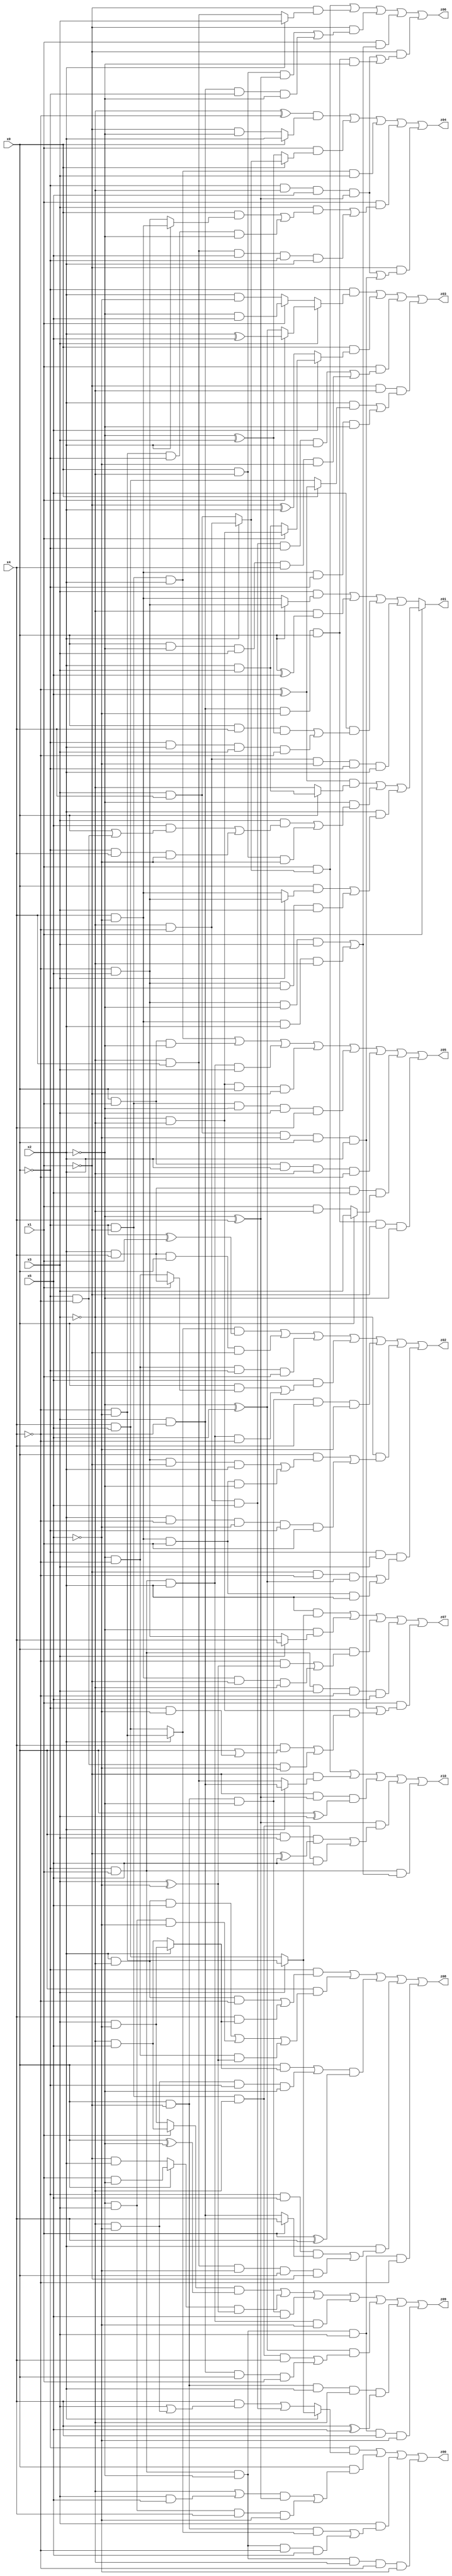
// Benchmark "X_55" written by ABC on Mon Jun 05 06:22:10 2023

module X_55 ( 
    x0, x1, x2, x3, x4, x5,
    z00, z01, z02, z03, z04, z05, z06, z07, z08, z09, z10  );
  input  x0, x1, x2, x3, x4, x5;
  output z00, z01, z02, z03, z04, z05, z06, z07, z08, z09, z10;
  assign z00 = (~x0 & (x2 ? (x3 ? (~x4 & ~x5) : (x4 & x5)) : ((x4 & (x3 | (~x3 & ~x5))) | (~x3 & ~x4 & x5)))) | (x0 & (((~x3 | (x3 & x5)) & (~x2 ^ x4)) | (~x2 & x3 & x4 & ~x5))) | (x3 & ((x0 & ~x1 & (x2 ? (~x4 & ~x5) : (x4 & x5))) | (~x0 & x1 & ~x2 & ~x4 & x5))) | (~x0 & x1 & ~x2 & ~x3 & ~x4 & ~x5);
  assign z01 = x1 ? (((~x4 ^ x5) & (x0 ? (x2 & x3) : ~x3)) | (~x2 & ((x3 & ((x5 & (x0 | (~x0 & ~x4))) | (~x0 & x4 & ~x5))) | (x0 & ~x3 & ~x5))) | (x2 & ((x0 & (x3 ? (~x4 & x5) : (x4 & ~x5))) | (~x4 & x5 & ~x0 & x3)))) : ((x3 & (x0 ? (~x4 & x5) : (x4 & ~x5))) | (~x3 & (x0 ^ x5)) | (x5 & ((x0 & x4 & (~x2 ^ x3)) | (~x0 & x2 & x3 & ~x4))) | (~x3 & ~x4 & ~x5 & ~x0 & x2));
  assign z02 = ((x2 ? (~x4 & ~x5) : (x4 & x5)) & (~x0 ^ x1)) | (x2 & x4 & x0 & ~x1) | (~x2 & ~x4 & ~x0 & x1) | (x5 & ((x0 & (x1 ? (x2 & x4) : (~x2 & ~x4))) | (~x0 & x1 & x2 & ~x4))) | (x0 & ~x1 & ~x2 & x4 & ~x5) | (~x3 & ((x0 & ((~x4 & x5 & ~x1 & x2) | (x4 & ~x5 & x1 & ~x2))) | (x2 & ~x4 & ~x5 & ~x0 & x1))) | (~x0 & x3 & ((~x1 & ~x4 & (~x2 ^ x5)) | (x4 & ~x5 & x1 & x2)));
  assign z03 = (~x0 & (x3 ? (x1 ? (x2 ^ x5) : (~x2 ^ x5)) : (x1 ? (~x2 & x5) : (x2 & ~x5)))) | (x0 & (x5 ? (x1 ? (~x2 & ~x3) : (x2 & x3)) : (~x1 ^ x2))) | (x1 & ((~x3 & ~x4 & x5 & ~x0 & x2) | (x0 & ~x2 & x3 & x4 & ~x5))) | (~x1 & ~x3 & ((x2 & (x0 ? (~x4 ^ x5) : (x4 & x5))) | (x4 & ~x5 & ~x0 & ~x2)));
  assign z04 = ((~x3 ^ ~x4) & (x0 ? x2 : (~x1 & ~x2))) | (x1 & (x0 ? (x2 ? (~x3 & ~x4) : (x3 & x4)) : (~x2 ^ x3))) | (~x0 & ~x1 & x2 & x3) | (x1 & ((x3 & ((x0 & (x2 ? (x4 & ~x5) : (~x4 & x5))) | (~x4 & ~x5 & ~x0 & ~x2))) | (~x3 & x4 & x5 & ~x0 & x2))) | (~x1 & ((~x0 & ~x3 & x5 & (~x2 ^ x4)) | (x3 & x4 & ~x5 & x0 & x2)));
  assign z05 = (~x0 & ~x1 & x2) | (x0 & x1 & ~x2) | (~x0 & x1 & x2 & x3) | (~x2 & ~x3 & x0 & ~x1) | (~x0 & ~x1 & ~x2 & x3 & x4) | (x0 & x1 & x2 & ~x3 & ~x4) | (x2 & x4 & x5 & (x0 ? x3 : (x1 & ~x3))) | (x3 & ~x4 & ~x5 & x0 & ~x1 & ~x2);
  assign z06 = (x1 & (x2 ? (~x3 & ~x4) : (x3 & x4))) | (~x1 & (x2 ? x3 : (~x3 & x4))) | (~x1 & ((x0 & ~x3 & (~x2 ^ x4)) | (x3 & ~x4 & ~x0 & ~x2))) | (x1 & ((~x4 & x5 & ~x2 & x3) | (x4 & ~x5 & x2 & ~x3))) | (~x1 & ((~x0 & ~x3 & x5 & (~x2 ^ x4)) | (x3 & ~x4 & ~x5 & x0 & ~x2)));
  assign z07 = (x2 & (x3 ? (~x4 & ~x5) : (x4 & x5))) | (~x2 & (x3 ? x4 : (~x4 & x5))) | (x0 & ((~x4 & (x3 ^ ~x5)) | (x4 & ~x5 & ~x1 & ~x3))) | (~x0 & x1 & x3 & ~x4 & x5) | (x1 & ((x3 & x4 & ~x5 & x0 & x2) | (~x2 & ~x3 & ((x4 & (x0 | (~x0 & ~x5))) | (~x0 & ~x4 & ~x5)))));
  assign z08 = (~x0 & ((x2 & ~x3 & ~x4) | (x4 & (x2 ? (x3 & ~x5) : (~x3 & x5))))) | (x0 & ((x2 & ~x3 & x5) | (~x2 & x3 & ~x5) | (~x2 & ~x4 & (x3 ^ ~x5)))) | (((x0 & (x2 ? (x3 & ~x5) : (~x3 & x5))) | (~x3 & ~x5 & ~x0 & ~x2)) & (x1 ^ x4)) | (x2 & ((~x0 & x5 & (x1 ? x4 : (x3 & ~x4))) | (~x3 & x4 & ~x5 & x0 & ~x1))) | (~x0 & x1 & ~x2 & x3 & ~x4);
  assign z09 = ((x1 ? (~x3 & x5) : (x3 & ~x5)) & (x0 ^ ~x2)) | ((x0 ? (x1 & ~x2) : (~x1 & x2)) & (x3 ^ ~x5)) | (x0 & ~x1 & ~x2 & x5) | (~x0 & x1 & x2 & ~x5) | ((~x2 ^ x5) & ((~x0 & ~x1 & ~x3 & x4) | (x3 & ~x4 & x0 & x1))) | (x0 & ~x1 & x2 & ~x3 & (x4 ^ x5)) | (~x0 & x1 & ~x2 & x3 & x4 & ~x5);
  assign z10 = (x1 & (x2 ? (~x3 & ~x4) : (x3 & x4))) | (~x1 & (x2 ? (x3 & ~x4) : (~x3 & x4))) | (~x1 & (~x2 ^ x4) & (x0 ^ x3)) | ((~x2 ^ x4) & ((x0 & x3 & (~x1 ^ x5)) | (~x0 & ~x1 & ~x3 & x5))) | (~x0 & x1 & ((~x4 & x5 & ~x2 & x3) | (x4 & ~x5 & x2 & ~x3)));
endmodule